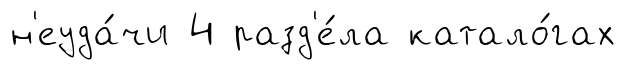
н'еуда́чи 4 разд'е́ла катало́гах